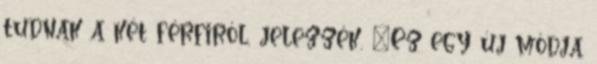
tudnak a két férfiról, jelezzék. "Ez egy új módja